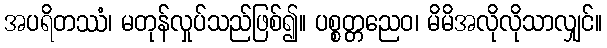
အပရိတဿံ၊ မတုန်လှုပ်သည်ဖြစ်၍။ ပစ္စတ္တညေဝ၊ မိမိအလိုလိုသာလျှင်။